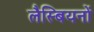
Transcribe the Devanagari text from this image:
लैस्बियनों